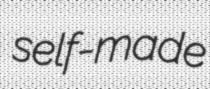
self-made